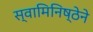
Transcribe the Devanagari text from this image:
स्वामिनिष्ठेने